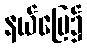
နယ်မြေ၌